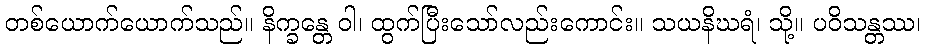
တစ်ယောက်ယောက်သည်။ နိက္ခန္တေ ဝါ၊ ထွက်ပြီးသော်လည်းကောင်း။ သယနိဃရံ၊ သို့။ ပဝိသန္တဿ၊